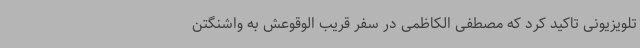
تلویزیونی تاکید کرد که مصطفی الکاظمی در سفر قریب الوقوعش به واشنگتن